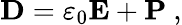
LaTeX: \mathbf{D}=\varepsilon_{0}\mathbf{E}+\mathbf{P}\ ,